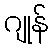
ဂျုန်